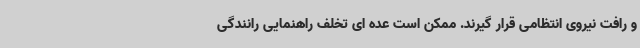
و رافت نیروی انتظامی قرار گیرند. ممکن است عده ای تخلف راهنمایی رانندگی